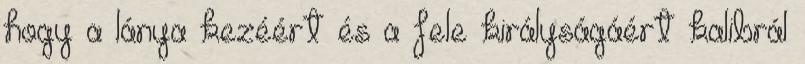
hogy a lánya kezéért és a fele királyságáért kalibrál